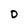
Character: D